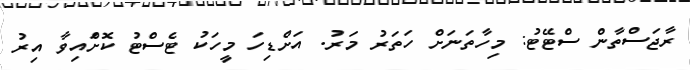
ރާޖަސްތާން ސްޓޭޓު: މިހާތަނަށް ހަތަރު މަރު. އަށްޑިހަ މީހަކު ޓެސްޓު ކޮށްައިވާ އިރު